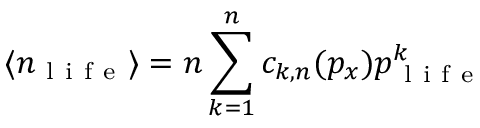
\langle n _ { \mathrm { ~ l ~ i ~ f ~ e ~ } } \rangle = n \sum _ { k = 1 } ^ { n } c _ { k , n } ( p _ { x } ) p _ { \mathrm { ~ l ~ i ~ f ~ e ~ } } ^ { k }